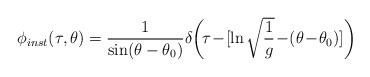
LaTeX: \begin{align*}\hspace{-1pc}\phi_{inst}(\tau,\theta)={1\over\sin(\theta-\theta_0) }\delta\!\left(\!\tau\!-\![\ln\sqrt{{1\over g}}\!-\!(\theta\!-\!\theta_0)]\right)\end{align*}